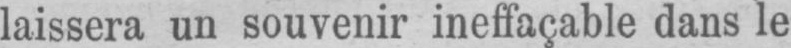
laissera un souvenir ineffaçable dans le